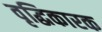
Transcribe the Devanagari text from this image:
वृद्धिकारक